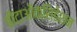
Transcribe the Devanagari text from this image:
बीटाऑक्सिडेशन